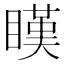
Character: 䁧